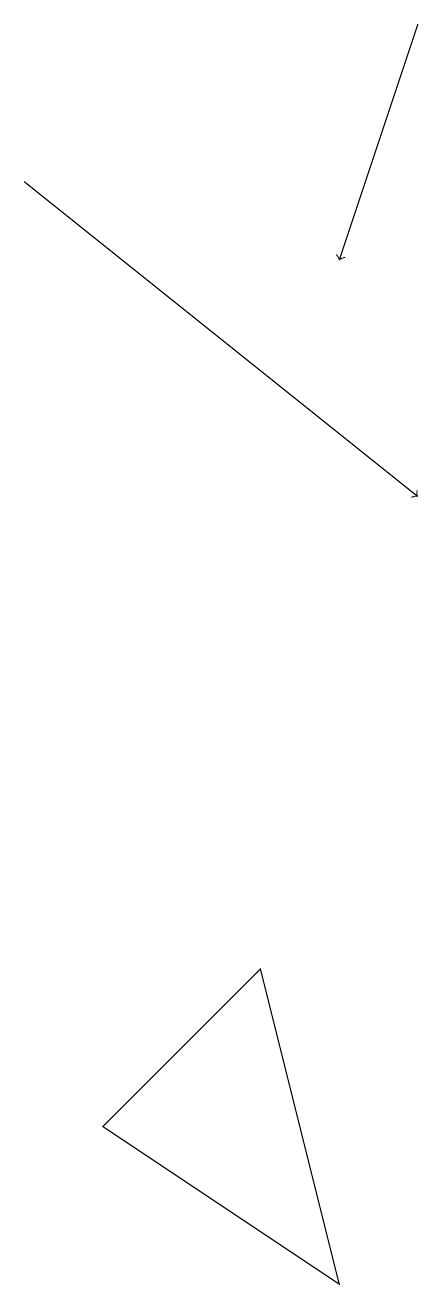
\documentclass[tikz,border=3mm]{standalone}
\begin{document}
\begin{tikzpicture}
\draw[->] (8,16) -- (7,13);
\draw[->] (3,14) -- (8,10);
\draw (6,4) -- (7,0) -- (4,2) -- cycle;
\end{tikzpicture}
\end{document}